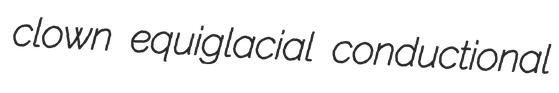
clown equiglacial conductional